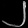
Digit: ၂